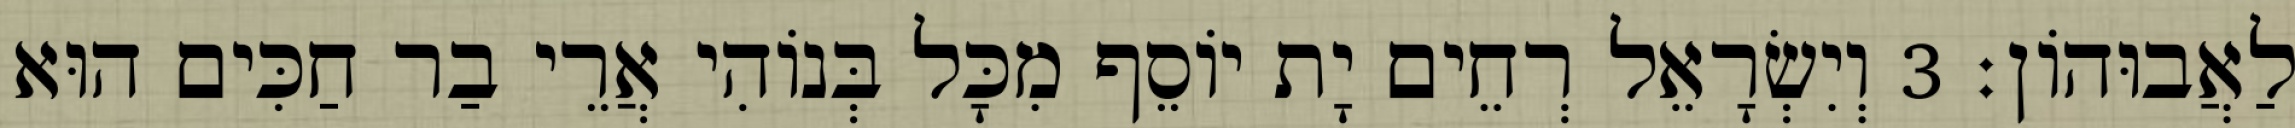
לַאֲבוּהוֹן׃ 3 וְיִשְׂרָאֵל רְחֵים יָת יוֹסֵף מִכָּל בְּנוֹהִי אֲרֵי בַר חַכִּים הוּא